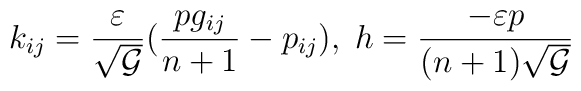
k_{ij} =\frac{\varepsilon}{\sqrt{\cal G}} (\frac{p g_{ij}}{n+1}-p_{ij}),\;  h=\frac{-\varepsilon p}{(n+1)\sqrt{\cal G}}